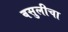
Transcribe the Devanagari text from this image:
वसुलीचा